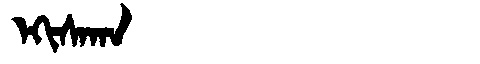
Manchu: ᡝᡴᡳᠰᠠᡴᠠ
Romanization: EKISAKA